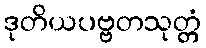
ဒုတိယပဗ္ဗတသုတ္တံ